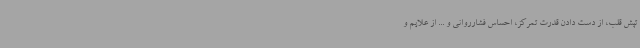
تپش قلب، از دست دادن قدرت تمرکز، احساس فشارروانی و ... از علایم و